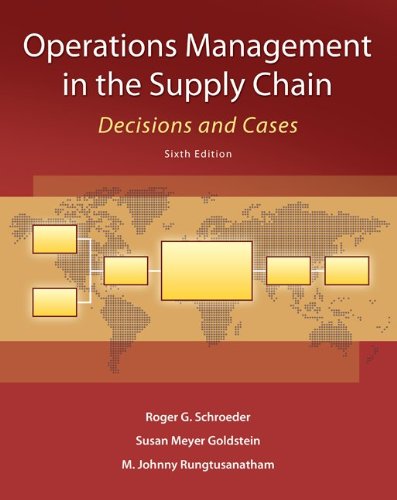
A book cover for Operations Management in the Supply Chain: Decisions and Cases (Mcgraw-Hill/Irwin Series in Operations and Decision Sciences); Roger Schroeder; Business & Money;